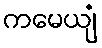
ကမေယျံ